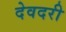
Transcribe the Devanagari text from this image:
देवदरी